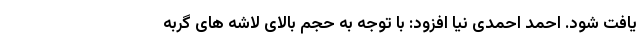
یافت شود. احمد احمدی نیا افزود: با توجه به حجم بالای لاشه های گربه